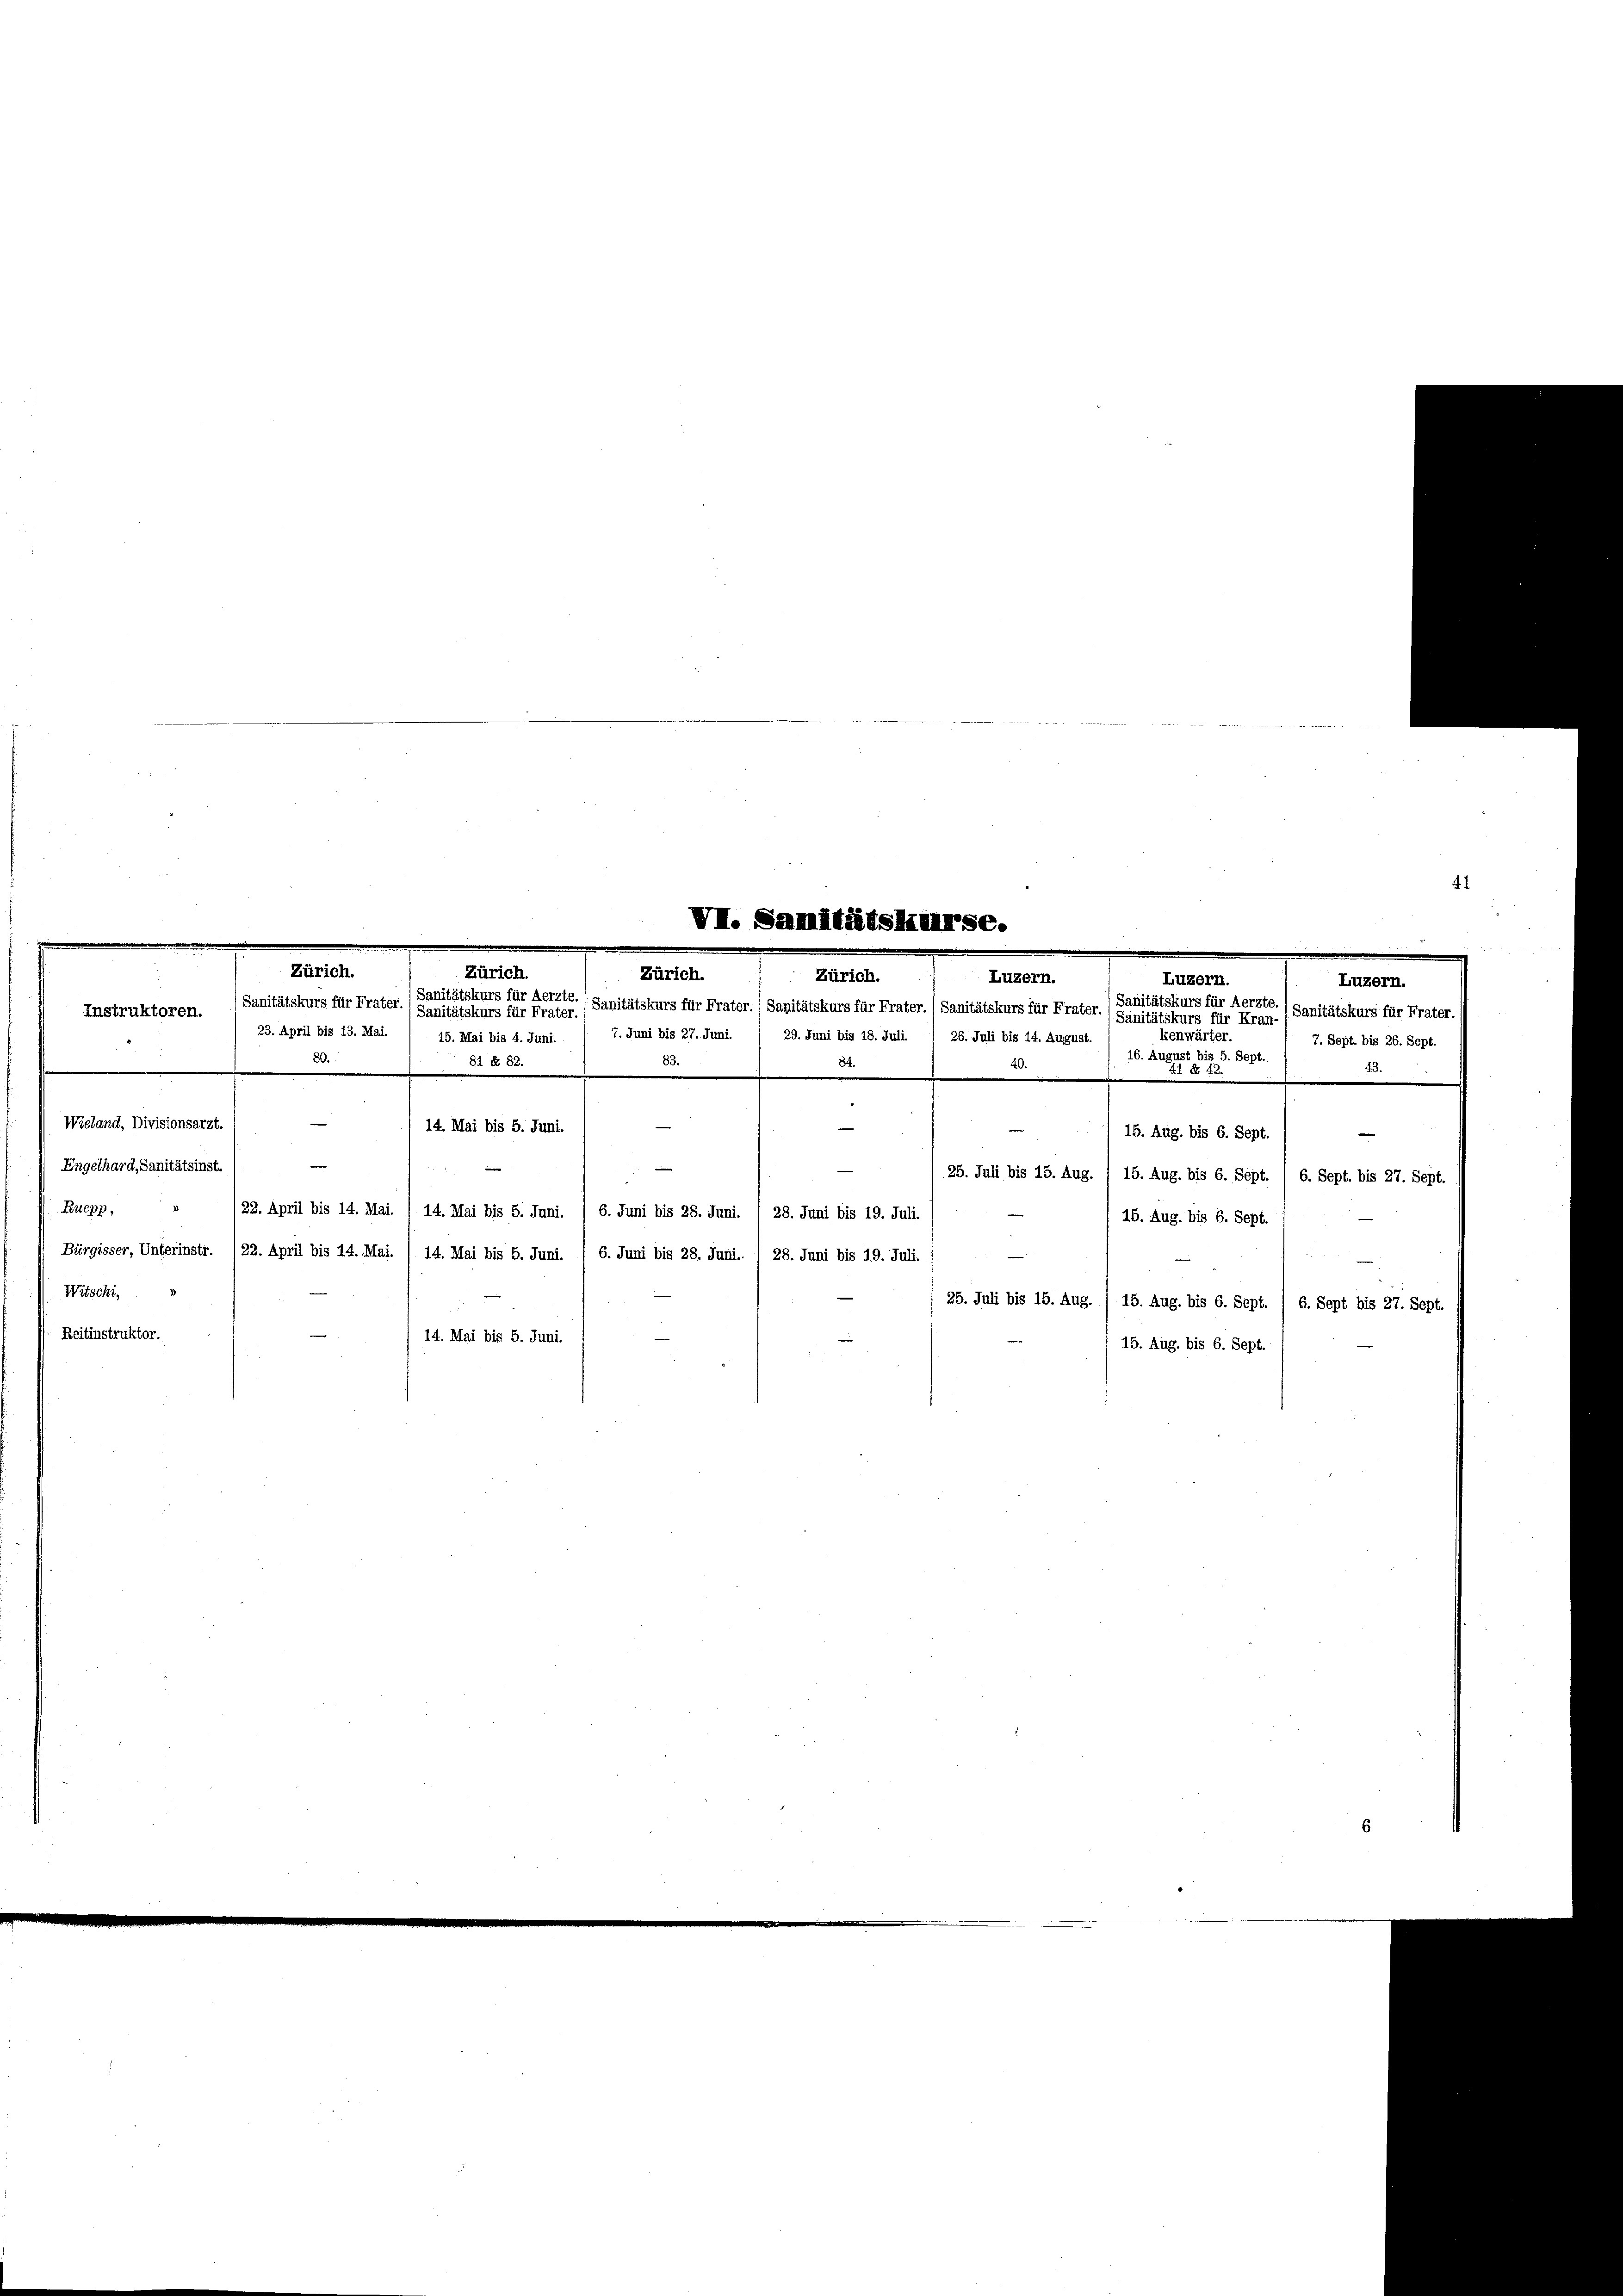
Wieland, Divisionsarzt.

Instruktoren.

Engelhard, Sanitätsinst.
Kucpp,
Witschi,

Reitinstruktor.

.
Luzern.
7. Juni bis 27. Juni. / 29. Juni bis 18. Juli. / 26. Juli bis 14. August.
kenwärter.
16
ugust bis 5. Sept
84.
40.
88
—
15. Aug. bis 6. Sept.
25. Juli bis 15. Aug. / 15. A
g. bis 6. Sept. / 6. Sept. bis 27. Sept.
15. Aug. bis 6. Sept.
25. Juli bis 15. Aug. / 15. Aug. bis 6. Sept. / 6. Sept bis 27. Sept.
15. Aug. bis 6. Sept.

VI. Sanitätsliurse.
Zürich.
Zürich.
Zürich.
Zürich.
Luzern.
Luzern.
Sanitätskurs für Aerzte. (Sanitätskurs für Frater. (Sanitätskurs für Frater./ Sanitätskurs für Frater. (Sanitätskurs für Kran-
(Sanitätskurs für Frater. (Sanitätskurs für Frater.)
23. April bis 13. Mai.

15. Mai bis 4. Juni.
80.
81 § 82.
14. Mai bis 5. Juni.
/22. April bis 14. Mai. / 14. Mai bis 5. Juni. / 6. Juni bis 28. Juni. / 28. Juni bis 19. Juli.
Bürgisser, Unterinstr. /22. April bis 14. Mai. /14. Mai bis 5. Juni. / 6. Juni bis 28. Juni.. I 28. Juni bis 19. Juli.
14. Mai bis 5. Juni.

Sanitätskurs für Aerzte. (Sanitätskurs für Frater.
7. Sept. bis 26. Sept.
2